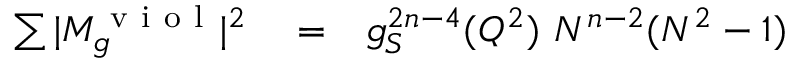
\begin{array} { r l r } { \sum \vert M _ { g } ^ { \mathrm { ~ v ~ i ~ o ~ l ~ } } \vert ^ { 2 } } & { { } = } & { g _ { S } ^ { 2 n - 4 } ( Q ^ { 2 } ) ~ N ^ { n - 2 } ( N ^ { 2 } - 1 ) } \end{array}